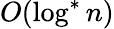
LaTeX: O(\log^{*}n)